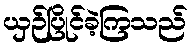
ယှဉ်ပြိုင်ခဲ့ကြသည်